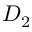
D _ { 2 }